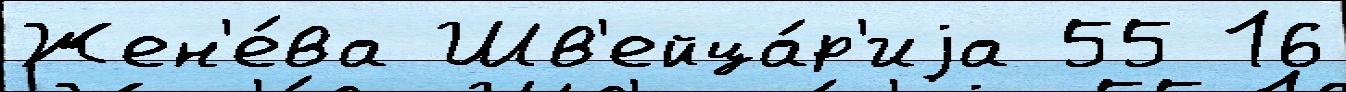
Жен'е́ва Шв'ейца́р'иjа 55 16